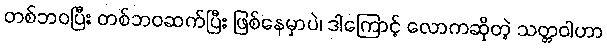
တစ်ဘဝပြီး တစ်ဘဝဆက်ပြီး ဖြစ်နေမှာပဲ၊ ဒါကြောင့် လောကဆိုတဲ့ သတ္တဝါဟာ